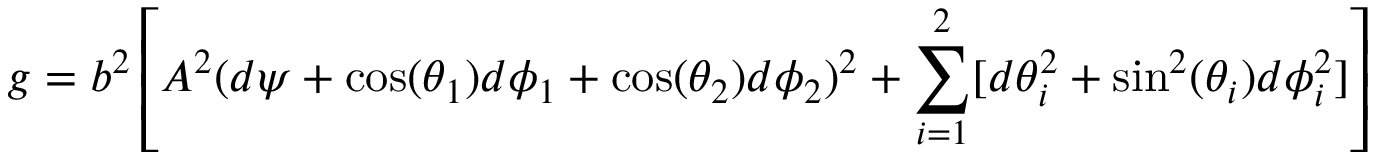
g = b ^ { 2 } \left[ A ^ { 2 } ( d \psi + \cos ( \theta _ { 1 } ) d \phi _ { 1 } + \cos ( \theta _ { 2 } ) d \phi _ { 2 } ) ^ { 2 } + \sum _ { i = 1 } ^ { 2 } [ d \theta _ { i } ^ { 2 } + \sin ^ { 2 } ( \theta _ { i } ) d \phi _ { i } ^ { 2 } ] \right]